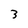
Character: 3